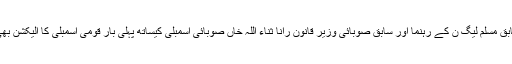
نیوزلائن کے مطابق مسلم لیگ ن کے رہنما اور سابق صوبائی وزیر قانون رانا ثناء اللہ خاں صوبائی اسمبلی کیساتھ پہلی بار قومی اسمبلی کا الیکشن بھی لڑنا چاہتے ہیں۔